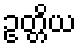
ဥတ္တိယ